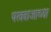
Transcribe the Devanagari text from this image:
पखवाजाच्या